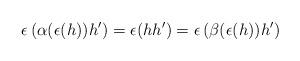
LaTeX: \begin{align*}\epsilon\left(\alpha(\epsilon(h))h'\right) =\epsilon(h h') = \epsilon\left(\beta(\epsilon(h)) h'\right)\end{align*}